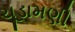
ચૂડામણી